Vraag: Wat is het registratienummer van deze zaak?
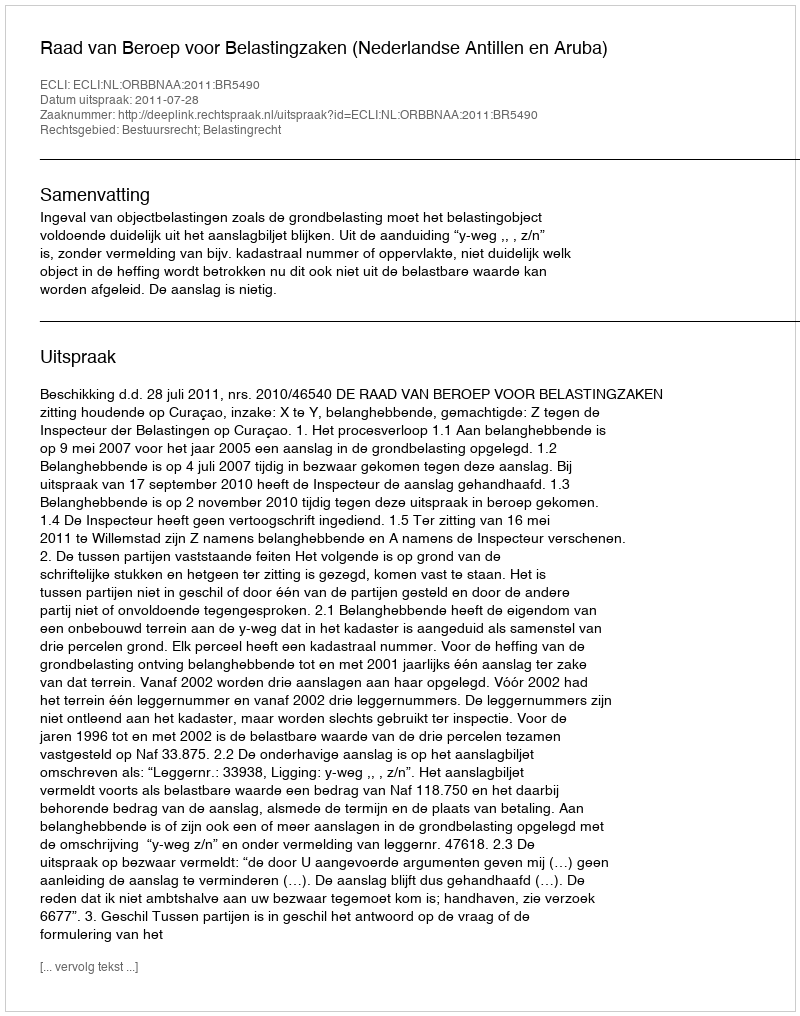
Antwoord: http://deeplink.rechtspraak.nl/uitspraak?id=ECLI:NL:ORBBNAA:2011:BR5490